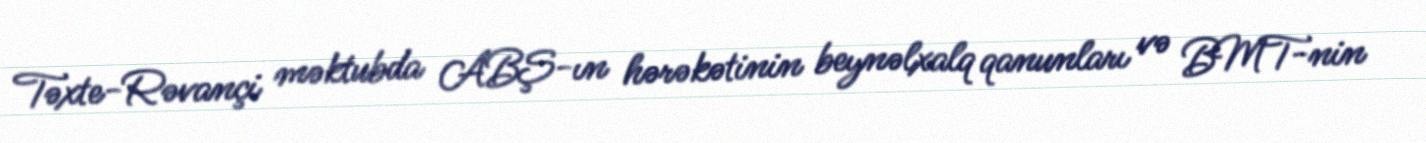
Təxte-Rəvançi məktubda ABŞ-ın hərəkətinin beynəlxalq qanunları və BMT-nin